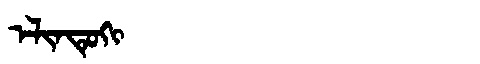
Manchu: ᡝᠯᡳᠨᡨᡠᡴᡳ
Romanization: ELINTUKI